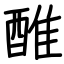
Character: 醀